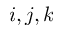
i , j , k